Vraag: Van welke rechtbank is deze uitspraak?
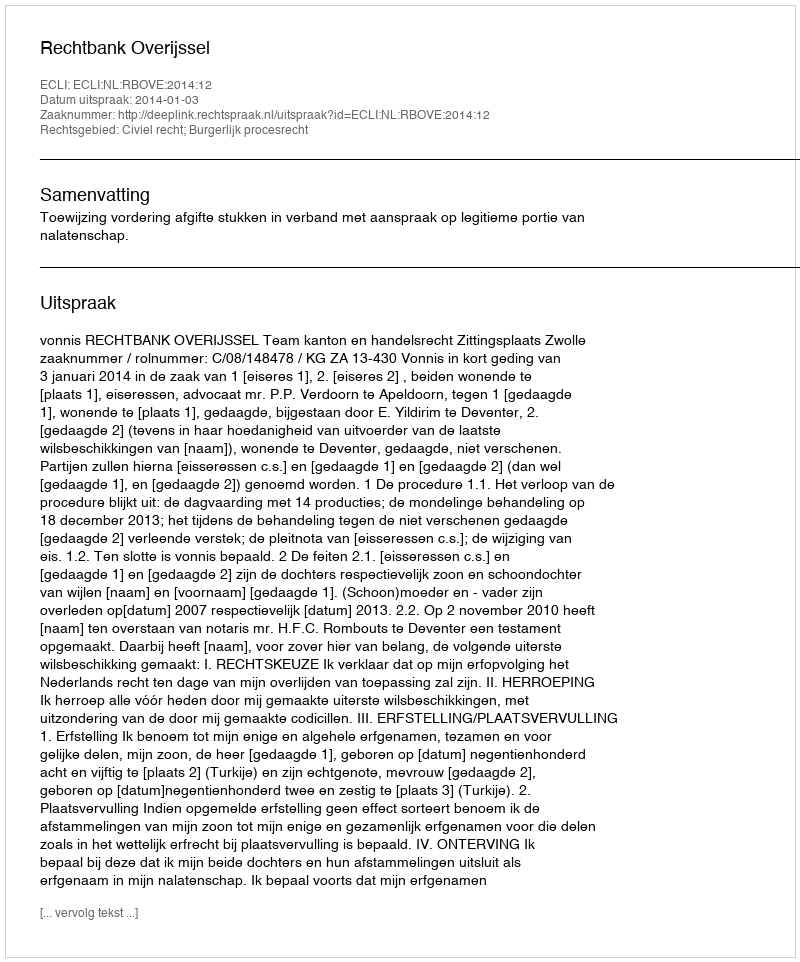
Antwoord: Rechtbank Overijssel